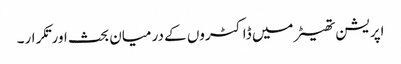
اپریشن تھیٹر میں ڈاکٹروں کے درمیان بحث اورتکرار۔